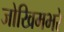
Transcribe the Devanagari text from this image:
जोखिमभरे